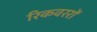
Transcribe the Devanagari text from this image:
रिकवररों